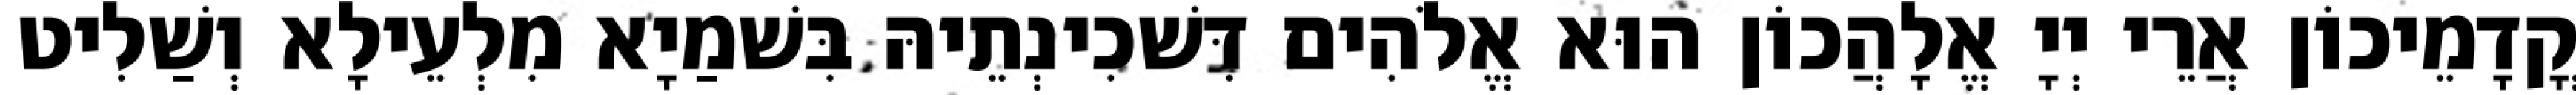
קֳדָמֵיכוֹן אֲרֵי יְיָ אֱלָהֲכוֹן הוּא אֱלֹהִים דִּשׁכִינְתֵיהּ בִּשׁמַיָא מִלְעֵילָא וְשַׁלִיט